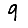
Digit: 9